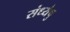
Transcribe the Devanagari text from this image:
संध्येषु